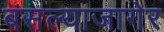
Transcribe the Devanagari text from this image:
बसल्याजागेर